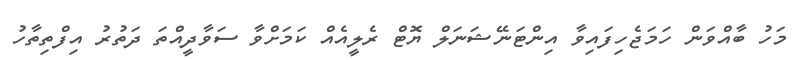
މަހު ބާއްވަން ހަމަޖެހިފައިވާ އިންޓަނޭޝަނަލް ޔޮޓް ރެލީއެއް ކަމަށްވާ ސަވާދީއްތަ ދަތުރު އިފްތިތާހު